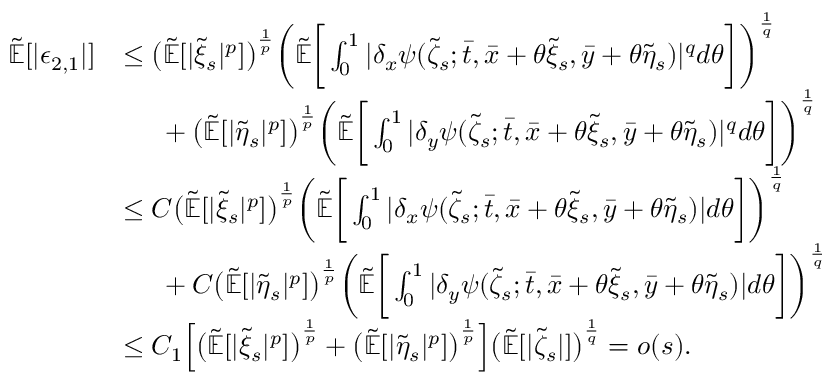
\begin{array} { r l } { \mathbb { \tilde { E } } [ | \epsilon _ { 2 , 1 } | ] } & { \leq \big ( \mathbb { \tilde { E } } [ | \tilde { \xi } _ { s } | ^ { p } ] \big ) ^ { \frac { 1 } { p } } \bigg ( \mathbb { \tilde { E } } \bigg [ \int _ { 0 } ^ { 1 } | \delta _ { x } \psi ( \tilde { \zeta } _ { s } ; \bar { t } , \bar { x } + \theta \tilde { \xi } _ { s } , \bar { y } + \theta \tilde { \eta } _ { s } ) | ^ { q } d \theta \bigg ] \bigg ) ^ { \frac { 1 } { q } } } \\ & { \mathrm { ~ \ ~ \ } + \big ( \mathbb { \tilde { E } } [ | \tilde { \eta } _ { s } | ^ { p } ] \big ) ^ { \frac { 1 } { p } } \bigg ( \mathbb { \tilde { E } } \bigg [ \int _ { 0 } ^ { 1 } | \delta _ { y } \psi ( \tilde { \zeta } _ { s } ; \bar { t } , \bar { x } + \theta \tilde { \xi } _ { s } , \bar { y } + \theta \tilde { \eta } _ { s } ) | ^ { q } d \theta \bigg ] \bigg ) ^ { \frac { 1 } { q } } } \\ & { \leq C \big ( \mathbb { \tilde { E } } [ | \tilde { \xi } _ { s } | ^ { p } ] \big ) ^ { \frac { 1 } { p } } \bigg ( \mathbb { \tilde { E } } \bigg [ \int _ { 0 } ^ { 1 } | \delta _ { x } \psi ( \tilde { \zeta } _ { s } ; \bar { t } , \bar { x } + \theta \tilde { \xi } _ { s } , \bar { y } + \theta \tilde { \eta } _ { s } ) | d \theta \bigg ] \bigg ) ^ { \frac { 1 } { q } } } \\ & { \mathrm { ~ \ ~ \ } + C \big ( \mathbb { \tilde { E } } [ | \tilde { \eta } _ { s } | ^ { p } ] \big ) ^ { \frac { 1 } { p } } \bigg ( \mathbb { \tilde { E } } \bigg [ \int _ { 0 } ^ { 1 } | \delta _ { y } \psi ( \tilde { \zeta } _ { s } ; \bar { t } , \bar { x } + \theta \tilde { \xi } _ { s } , \bar { y } + \theta \tilde { \eta } _ { s } ) | d \theta \bigg ] \bigg ) ^ { \frac { 1 } { q } } } \\ & { \leq C _ { 1 } \Big [ \big ( \mathbb { \tilde { E } } [ | \tilde { \xi } _ { s } | ^ { p } ] \big ) ^ { \frac { 1 } { p } } + \big ( \mathbb { \tilde { E } } [ | \tilde { \eta } _ { s } | ^ { p } ] \big ) ^ { \frac { 1 } { p } } \Big ] \big ( \mathbb { \tilde { E } } [ | \tilde { \zeta } _ { s } | ] \big ) ^ { \frac { 1 } { q } } = o ( s ) . } \end{array}